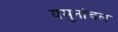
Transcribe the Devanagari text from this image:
यमुनांचल